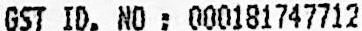
GST ID. NO : 000181747712